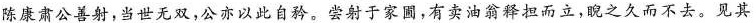
陈康肃公善射，当世无双，公亦以此自矜。尝射于家圃，有卖油翁释担而立，睨之久而不去。见其